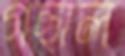
গছাল